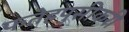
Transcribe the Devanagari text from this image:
फतेहपुसीकरी